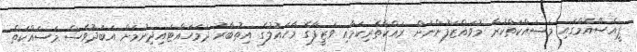
ޕީއެސްްއެމްގައި މަސައްކަތްކުރާ މުވައްޒަފުންނަށް ރައްކާތެރިކަމާއި ވަޒީފާގެ މާހައުލުގެ އިތުބާރު ދަމަހައްޓައިދިނުމަށް އަބަދުވެސް މަސައްކަތް